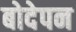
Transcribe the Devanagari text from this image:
बोदेपन